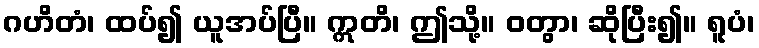
ဂဟိတံ၊ ထပ်၍ ယူအပ်ပြီ။ ဣတိ၊ ဤသို့။ ဝတွာ၊ ဆိုပြီး၍။ ရူပံ၊